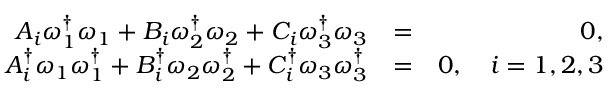
\begin{array} { r l r } { A _ { i } \omega _ { 1 } ^ { \dagger } \omega _ { 1 } + B _ { i } \omega _ { 2 } ^ { \dagger } \omega _ { 2 } + C _ { i } \omega _ { 3 } ^ { \dagger } \omega _ { 3 } } & { = } & { 0 , } \\ { A _ { i } ^ { \dagger } \omega _ { 1 } \omega _ { 1 } ^ { \dagger } + B _ { i } ^ { \dagger } \omega _ { 2 } \omega _ { 2 } ^ { \dagger } + C _ { i } ^ { \dagger } \omega _ { 3 } \omega _ { 3 } ^ { \dagger } } & { = } & { 0 , \quad i = 1 , 2 , 3 } \end{array}